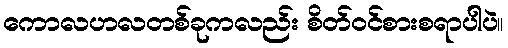
ကောလဟလတစ်ခုကလည်း စိတ်ဝင်စားစရာပါပဲ။